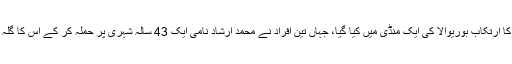
اس جرم کا ارتکاب بوریوالا کی ایک منڈی میں کیا گیا، جہاں تین افراد نے محمد ارشاد نامی ایک 43 سالہ شہری پر حملہ کر کے اس کا گلہ کاٹ دیا۔